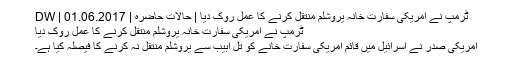
ٹرمپ نے امریکی سفارت خانہ یروشلم منتقل کرنے کا عمل روک دیا | حالات حاضرہ | DW | 01.06.2017
ٹرمپ نے امریکی سفارت خانہ یروشلم منتقل کرنے کا عمل روک دیا
امریکی صدر نے اسرائیل میں قائم امریکی سفارت خانے کو تل ابیب سے یروشلم منتقل نہ کرنے کا فیصلہ کیا ہے۔